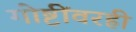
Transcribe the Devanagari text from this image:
गोष्टींवरही